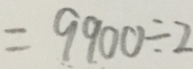
= 9 9 0 0 \div 2